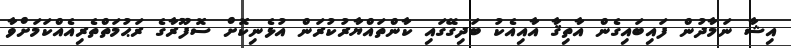
އިޝާ ނަމާދުން ފައިބައިގެން އާތިޤާ އާއިއެކު ބަދިގޭގައި ކާންތައްޔާރުކުރަން އުޅެނިކޮށް ސޮފޫރާގެ ރަޙުމަތްތެރިއެއްކަމަށްވާ